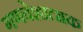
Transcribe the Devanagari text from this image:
गणवेशात्मक